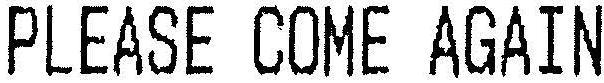
PLEASE COME AGAIN